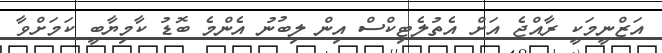
އަޒްނީމަކީ ރާއްޖެ އަށް އެތުލެޓިކްސް އިން ލިބުނު އެންމެ ބޮޑު ކާމިޔާބީ ކަމަށްވާ